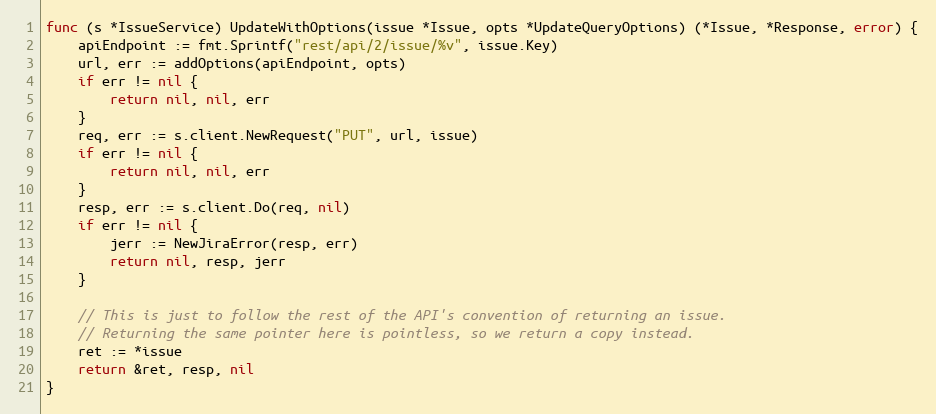
Language: Go
func (s *IssueService) UpdateWithOptions(issue *Issue, opts *UpdateQueryOptions) (*Issue, *Response, error) {
	apiEndpoint := fmt.Sprintf("rest/api/2/issue/%v", issue.Key)
	url, err := addOptions(apiEndpoint, opts)
	if err != nil {
		return nil, nil, err
	}
	req, err := s.client.NewRequest("PUT", url, issue)
	if err != nil {
		return nil, nil, err
	}
	resp, err := s.client.Do(req, nil)
	if err != nil {
		jerr := NewJiraError(resp, err)
		return nil, resp, jerr
	}

	// This is just to follow the rest of the API's convention of returning an issue.
	// Returning the same pointer here is pointless, so we return a copy instead.
	ret := *issue
	return &ret, resp, nil
}